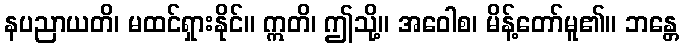
နပညာယတိ၊ မထင်ရှားနိုင်။ ဣတိ၊ ဤသို့။ အဝေါစ၊ မိန့်တော်မူ၏။ ဘန္တေ